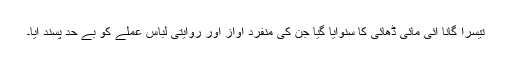
تیسرا گانا آئی مائی ڈھائی کا سنوایا گیا جن کی منفرد آواز اور روایتی لباس عملے کو بے حد پسند آیا۔